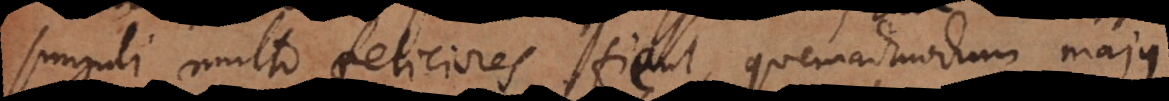
singuli multo feliciores fient, quemadmodum majus